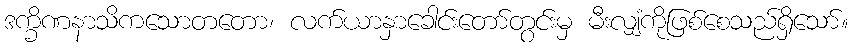
ဒက္ခိဏနာသိကသောတတော၊ လက်ယာနှာခေါင်းတော်တွင်းမှ မီးလျှံကိုဖြစ်စေသည်ရှိသော်။